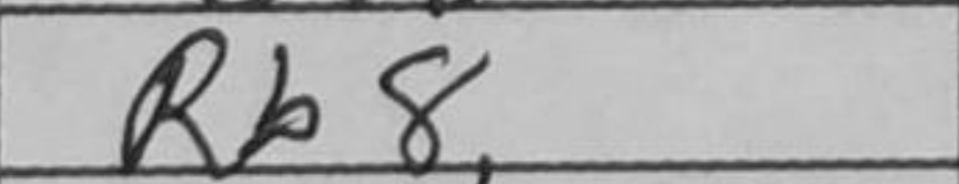
Transcription: Rb8